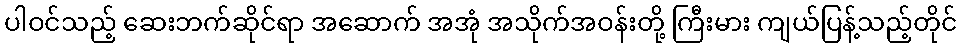
ပါဝင်သည့် ဆေးဘက်ဆိုင်ရာ အဆောက် အအုံ အသိုက်အဝန်းတို့ ကြီးမား ကျယ်ပြန့်သည့်တိုင်